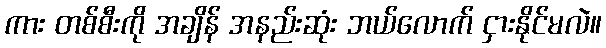
ကား တစ်စီးကို အချိန် အနည်းဆုံး ဘယ်လောက် ငှားနိုင်မလဲ။